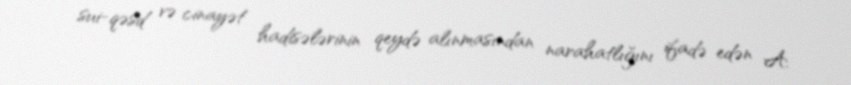
sui-qəsd və cinayət hadisələrinin qeydə alınmasından narahatlığını ifadə edən A.